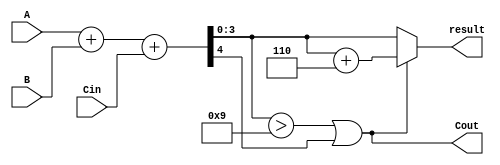
module BCD_Hybrid_Adder (
    input [3:0] A,        // BCD digit A
    input [3:0] B,        // BCD digit B
    input Cin,            // Carry-in
    output [3:0] result,  // BCD result
    output Cout           // Carry-out
);

    // Intermediate signals
    wire [4:0] Sum;       // 5-bit sum to accommodate carry
    wire correction;      // Correction condition

    // Binary Adder
    assign Sum = A + B + Cin; // 5-bit sum

    // Correction Logic: Check if the sum exceeds 9 or if there is a carry-out
    assign correction = (Sum[3:0] > 4'b1001) || Sum[4];

    // Final result calculation
    assign result = correction ? (Sum[3:0] + 4'b0110) : Sum[3:0]; // Add 6 if correction needed
    assign Cout = correction; // Carry-out if correction is needed

endmodule